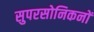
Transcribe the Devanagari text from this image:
सुपरसोनिकनों